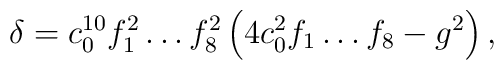
\delta = c_0^{10} f_1^2 \dots f_8^2       \left(4c_0^2f_1\dots f_8-g^2\right) ,